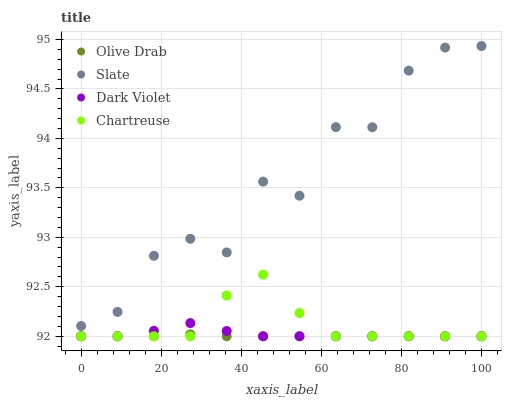
| xaxis_label | Olive Drab | Slate | Dark Violet | Chartreuse |
 | --- | --- | --- | --- | --- |
 | 0 | 92 | 92.1 | 92 | 92 |
 | 9.09 | 92 | 92.2 | 92 | 92 |
 | 18.2 | 92 | 92.8 | 92.1 | 92 |
 | 27.3 | 92 | 93 | 92.1 | 92 |
 | 36.4 | 92 | 92.8 | 92.1 | 92.4 |
 | 45.5 | 92 | 93.6 | 92 | 92.6 |
 | 54.5 | 92 | 93.4 | 92 | 92.2 |
 | 63.6 | 92 | 94.1 | 92 | 92 |
 | 72.7 | 92 | 94.1 | 92 | 92 |
 | 81.8 | 92 | 94.7 | 92 | 92 |
 | 90.9 | 92 | 94.9 | 92 | 92 |
 | 100 | 92 | 94.9 | 92 | 92 |